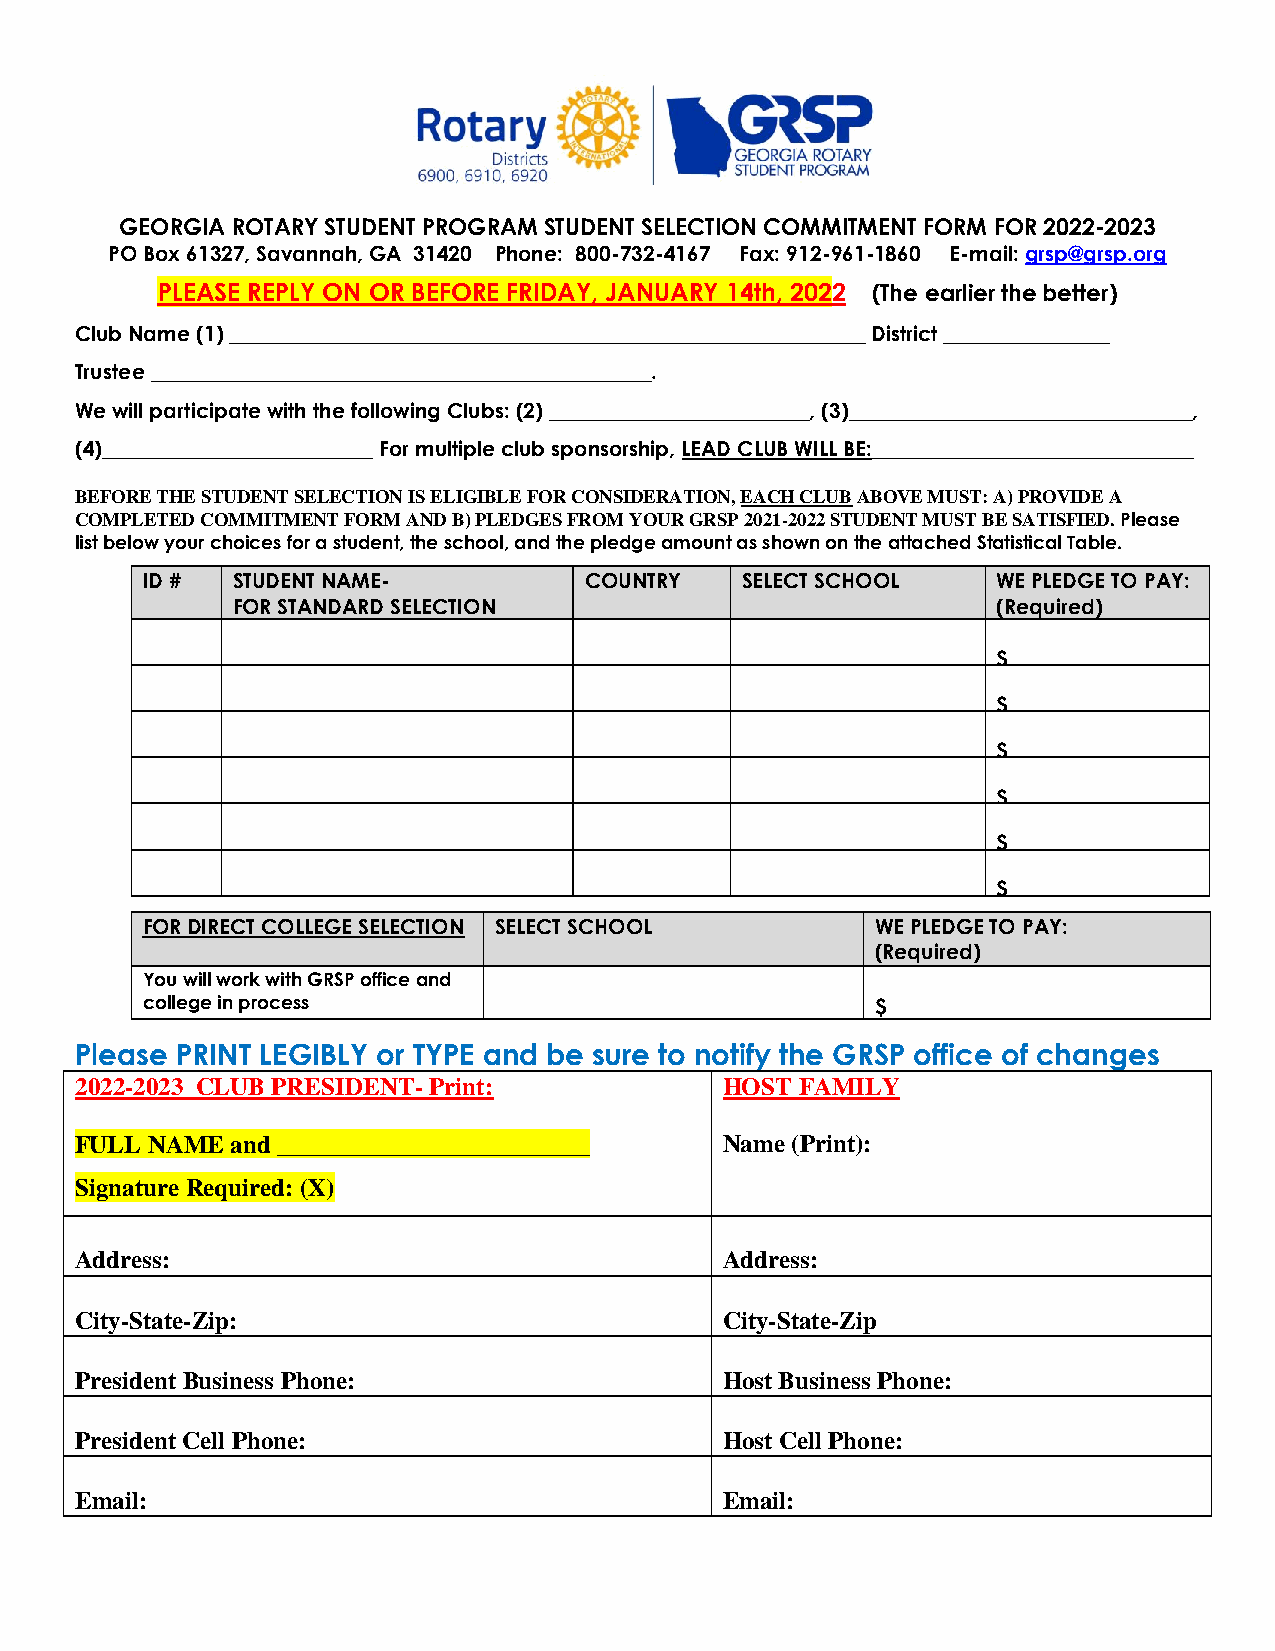
GEORGIA ROTARY STUDENT PROGRAM STUDENT SELECTION COMMITMENT FORM FOR 2022-2023
 PO Box 61327, Savannah, GA 31420 Phone: 800-732-4167 Fax: 912-961-1860 E-mail: grsp@grsp.org
 PLEASE REPLY ON OR BEFORE FRIDAY, JANUARY 14th, 2022 (The earlier the better)
 Club Name (1) _____________________________________________________________ District ________________
 Trustee ________________________________________________.
 We will participate with the following Clubs: (2) _________________________, (3)_________________________________,
 (4)__________________________ For multiple club sponsorship, LEAD CLUB WILL BE:_______________________________
 BEFORE THE STUDENT SELECTION IS ELIGIBLE FOR CONSIDERATION, EACH CLUB ABOVE MUST: A) PROVIDE A
 COMPLETED COMMITMENT FORM AND B) PLEDGES FROM YOUR GRSP 2021-2022 STUDENT MUST BE SATISFIED. Please
 list below your choices for a student, the school, and the pledge amount as shown on the attached Statistical Table.
 ID #  STUDENT NAME-           COUNTRY   SELECT SCHOOL    WE PLEDGE TO PAY:
 FOR STANDARD SELECTION                             (Required)
 $
 $
 $
 $
 $
 $
 FOR DIRECT COLLEGE SELECTION SELECT SCHOOL       WE PLEDGE TO PAY:
 (Required)
 You will work with GRSP office and
 college in process                               $
 Please PRINT LEGIBLY or TYPE and be sure to notify the GRSP office of changes
 2022-2023 CLUB PRESIDENT- Print:           HOST FAMILY
 FULL NAME and _________________________    Name (Print):
 Signature Required: (X)
 Address:                                   Address:
 City-State-Zip:                            City-State-Zip
 President Business Phone:                  Host Business Phone:
 President Cell Phone:                      Host Cell Phone:
 Email:                                     Email: